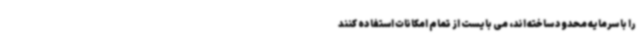
را با سرمایه محدود ساخته اند، می بایست از تمام امکانات استفاده کنند